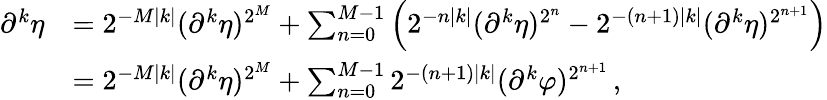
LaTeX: \begin{array}{rl}{\partial^{k}\eta}&{=2^{-M|k|}(\partial^{k}\eta)^{2^{M}}+\sum_{n=0}^{M-1}\left(2^{-n|k|}(\partial^{k}\eta)^{2^{n}}-2^{-(n+1)|k|}(\partial^{k}\eta)^{2^{n+1}}\right)}\\ &{=2^{-M|k|}(\partial^{k}\eta)^{2^{M}}+\sum_{n=0}^{M-1}2^{-(n+1)|k|}(\partial^{k}\varphi)^{2^{n+1}}\, ,}\end{array}